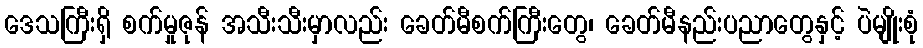
ဒေသကြီးရှိ စက်မှုဇုန် အသီးသီးမှာလည်း ခေတ်မီစက်ကြီးတွေ၊ ခေတ်မီနည်းပညာတွေနှင့် ပဲမျိုးစုံ